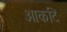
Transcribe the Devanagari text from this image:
आकटि